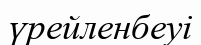
үрейленбеуі